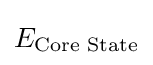
E_{\text{Core State}}